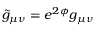
\tilde { g } _ { \mu \nu } = e ^ { 2 \phi } g _ { \mu \nu }